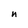
Character: n